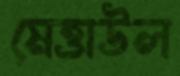
মেত্তাউল